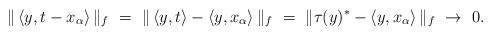
LaTeX: \begin{align*} \|\left<y, t-x_\alpha\right>\|_f \ =\ \|\left<y, t\right>-\left<y,x_\alpha\right>\|_f \ =\ \|\tau(y)^*-\left<y,x_\alpha\right>\|_f\ \rightarrow \ 0.\end{align*}